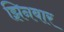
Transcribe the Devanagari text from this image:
झिनबार